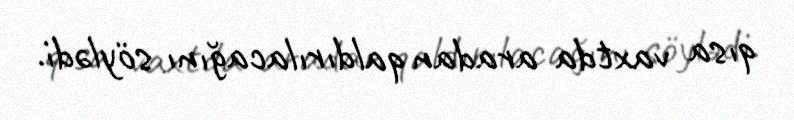
qısa vaxtda aradan qaldırılacağını söylədi.